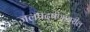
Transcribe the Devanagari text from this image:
जलप्रदूषणावरील